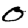
Digit: 0